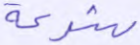
شرعة